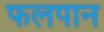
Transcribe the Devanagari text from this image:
फलपान